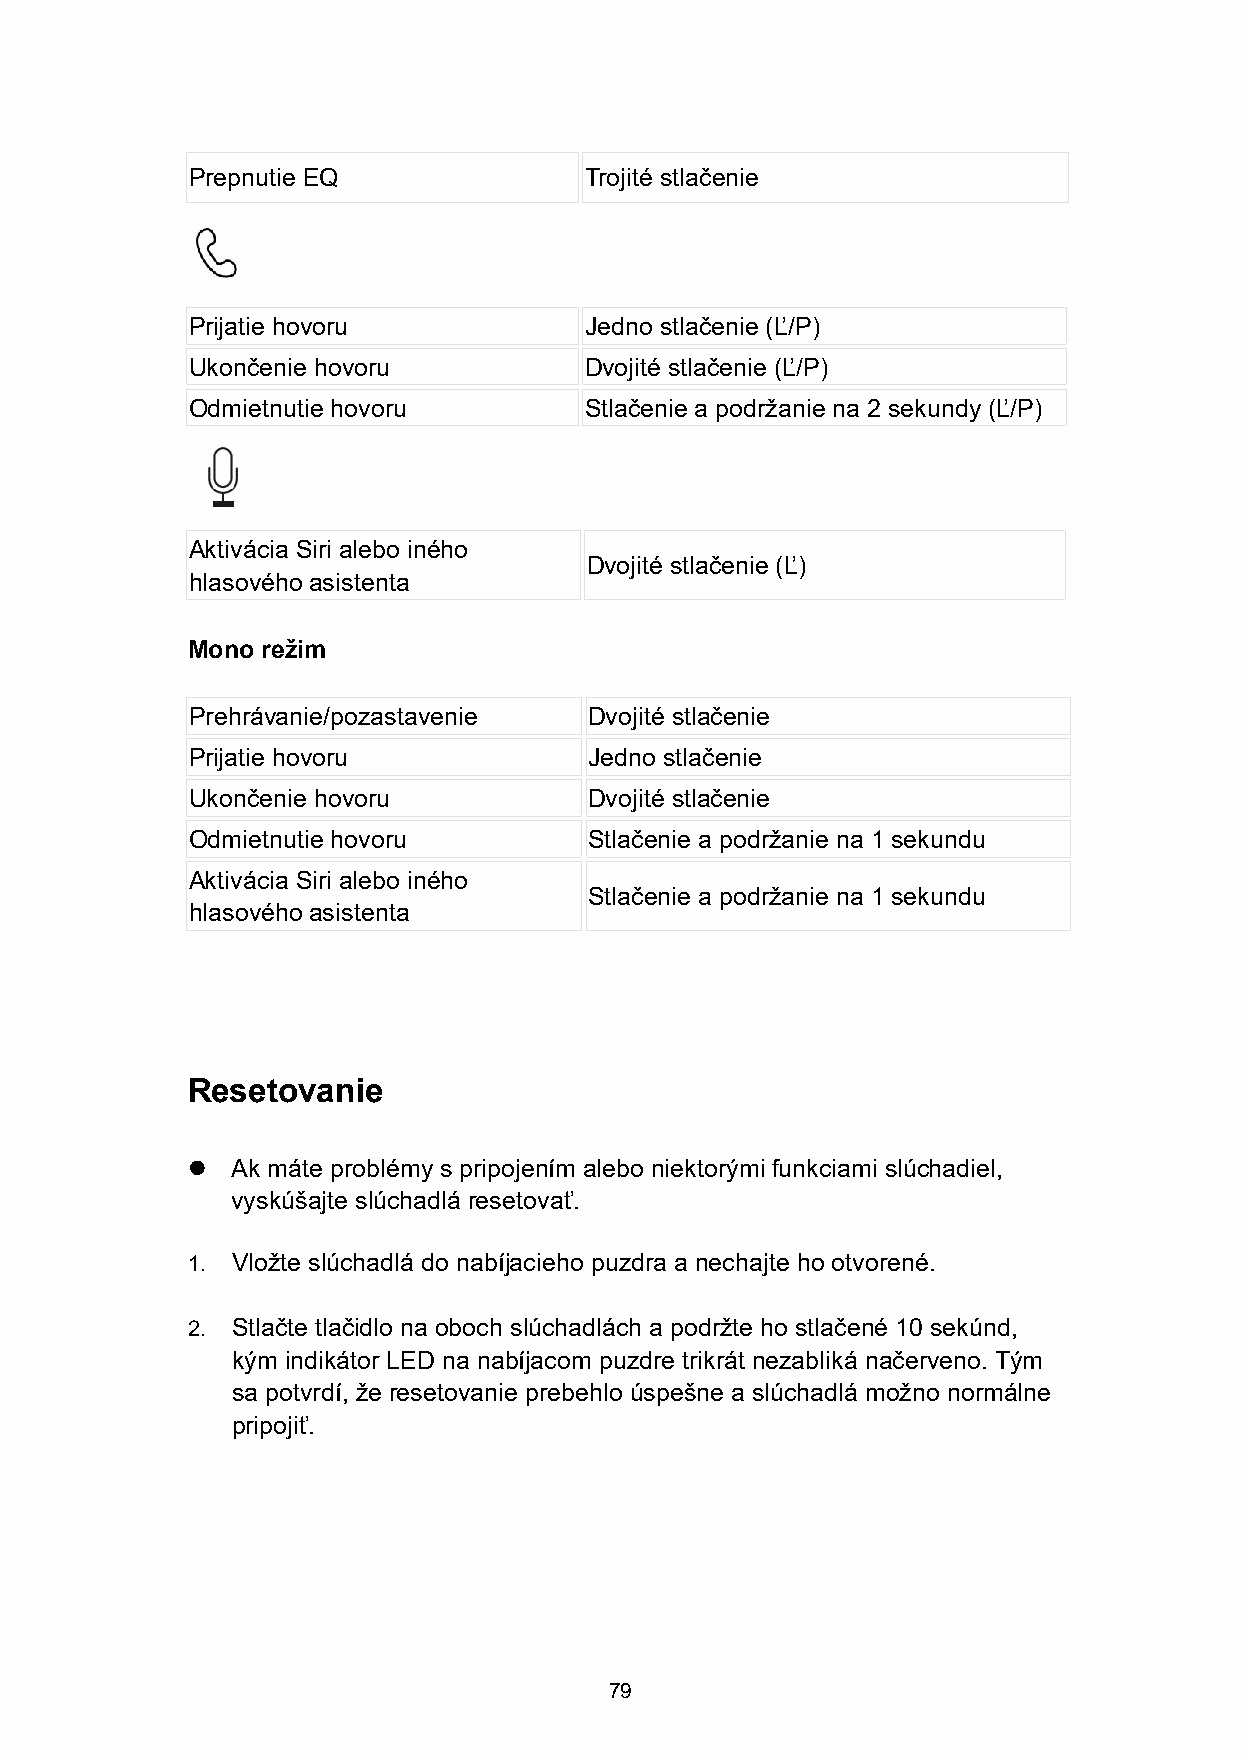
Prepnutie EQ               Trojité stlačenie
 Prijatie hovoru            Jedno stlačenie (Ľ/P)
 Ukončenie hovoru           Dvojité stlačenie (Ľ/P)
 Odmietnutie hovoru         Stlačenie a podržanie na 2 sekundy (Ľ/P)
 Aktivácia Siri alebo iného
 Dvojité stlačenie (Ľ)
 hlasového asistenta
 Mono režim
 Prehrávanie/pozastavenie   Dvojité stlačenie
 Prijatie hovoru            Jedno stlačenie
 Ukončenie hovoru           Dvojité stlačenie
 Odmietnutie hovoru         Stlačenie a podržanie na 1 sekundu
 Aktivácia Siri alebo iného
 Stlačenie a podržanie na 1 sekundu
 hlasového asistenta
 Resetovanie
   Ak máte problémy s pripojením alebo niektorými funkciami slúchadiel,
 vyskúšajte slúchadlá resetovať.
 1. Vložte slúchadlá do nabíjacieho puzdra a nechajte ho otvorené.
 2. Stlačte tlačidlo na oboch slúchadlách a podržte ho stlačené 10 sekúnd,
 kým indikátor LED na nabíjacom puzdre trikrát nezabliká načerveno. Tým
 sa potvrdí, že resetovanie prebehlo úspešne a slúchadlá možno normálne
 pripojiť.
 79